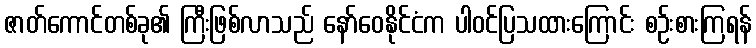
ဇာတ်ကောင်တစ်ခု၏ ကြီးဖြစ်လာသည် နော်ဝေနိုင်ငံက ပါဝင်ပြသထားကြောင်း စဉ်းစားကြရန်